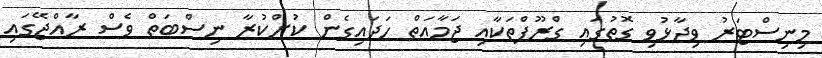
މިނިސްޓަރު ވިދާޅުވި ގޮތުގައި ގްރޫޕްތަކާއި ޖަމާއަތް ހަދައިގެން ކުށްކުރާ ނިސްބަތް ވެސް ރާއްޖޭގައި